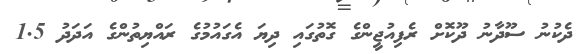
ދެކުނު ސޫދާނު ދޫކޮށް ރެފިއުޖީންގެ ގޮތުގައި ދިޔަ އެގައުމުގެ ރައްޔިތުންގެ އަދަދު 1.5